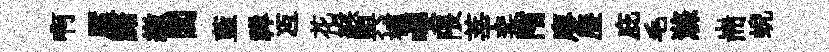
啊厪黯繳閭藍禅冱花緱舆櫨嚶隈莘棐陏廖歷庇毛滌耑蜺